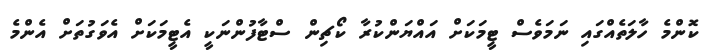
ކޮންމެ ހާލަތެއްގައި ނަމަވެސް ޓީމަކަށް އައްޔަންކުރާ ކޯޗިން ސްޓާފުންނަކީ އެޓީމަކަށް އެވަގުތަށް އެންމެ